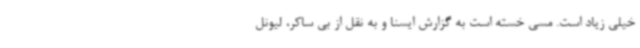
خیلی زیاد است. مسی خسته است به گزارش ایسنا و به نقل از بی ساکر، لیونل